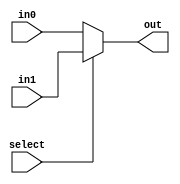
module mux64bit(out, select, in0, in1);
    input select;
    input [63:0] in0, in1;
    output [63:0] out;
    assign out = select ? in1 : in0;
endmodule